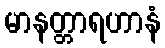
မာနတ္တာရဟာနံ